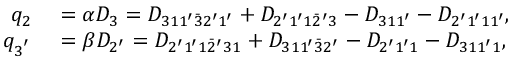
\begin{array} { r l } { q _ { 2 } } & { { } = \alpha { D _ { 3 } } = { D _ { 3 1 1 ^ { \prime } \bar { 3 } 2 ^ { \prime } 1 ^ { \prime } } } + { D _ { 2 ^ { \prime } 1 ^ { \prime } 1 \bar { 2 } ^ { \prime } 3 } } - { D _ { 3 1 1 ^ { \prime } } } - { D _ { 2 ^ { \prime } 1 ^ { \prime } 1 1 ^ { \prime } } } , } \\ { q _ { 3 ^ { ' } } } & { { } = \beta { D _ { 2 ^ { \prime } } } = { D _ { 2 ^ { \prime } 1 ^ { \prime } 1 \bar { 2 } ^ { \prime } 3 1 } } + { D _ { 3 1 1 ^ { \prime } \bar { 3 } 2 ^ { \prime } } } - { D _ { 2 ^ { \prime } 1 ^ { \prime } 1 } } - { D _ { 3 1 1 ^ { \prime } 1 } } , } \end{array}